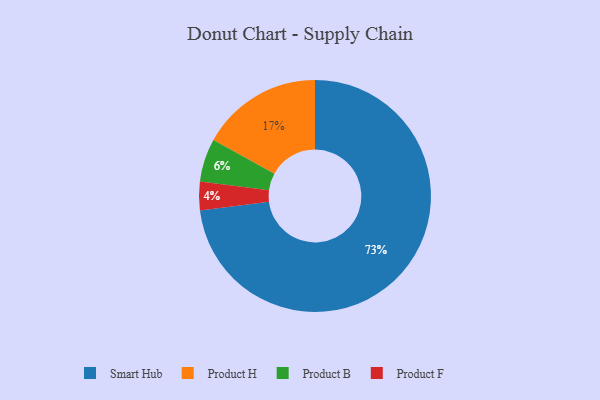
{"axis": {"x": "Category", "y": "Percentage"}, "legend": ["Product B", "Product F", "Product H", "Smart Hub"], "data": [{"x": "Product H", "y": 17, "type": "Product H"}, {"x": "Smart Hub", "y": 73, "type": "Smart Hub"}, {"x": "Product F", "y": 4, "type": "Product F"}, {"x": "Product B", "y": 6, "type": "Product B"}]}